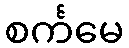
စင်္ကမေ